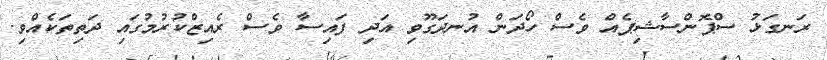
ރަނގަޅު ސްޕޮންސާޝިޕެއް ވެސް ހޯދަން އުނދަގޫވި އަދި ފައިސާ ވެސް ރެއިޒްކުރުމުގައި ދަތިތަކެއްވި.